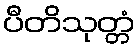
ပီတိသုတ္တံ